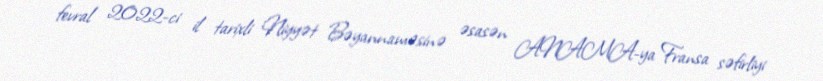
fevral 2022-ci il tarixli Niyyət Bəyannaməsinə əsasən ANAMA-ya Fransa səfirliyi